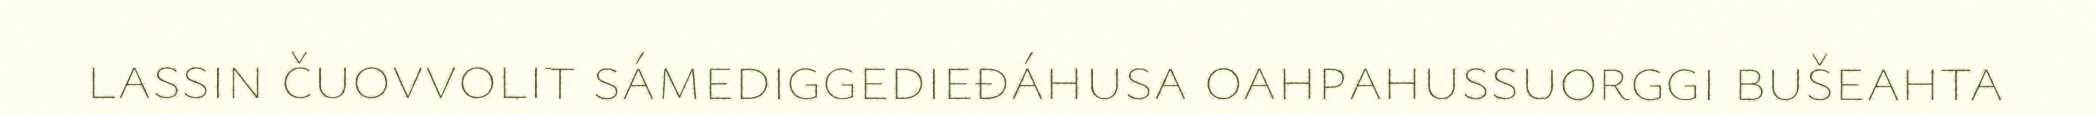
lassin čuovvolit sámediggedieđáhusa oahpahussuorggi bušeahta